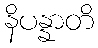
နိပန္နာတိ